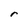
Character: r